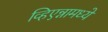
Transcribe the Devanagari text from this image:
व्हिएन्नामध्ये